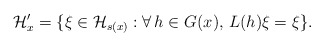
\begin{gather*}{\mathcal H}'_x=\{\xi\in {\mathcal H}_{s(x)}: \forall\, h\in G(x), \, L(h)\xi=\xi\}.\end{gather*}